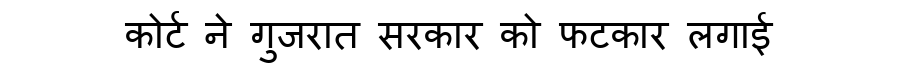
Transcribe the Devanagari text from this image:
कोर्ट ने गुजरात सरकार को फटकार लगाई